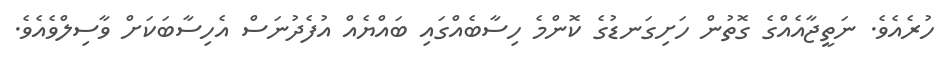
ހުރެއެވެ. ނަތީޖާއެއްގެ ގޮތުން ހަށިގަނޑުގެ ކޮންމެ ހިސާބެއްގައި ބައްޔެއް އުފެދުނަސް އެހިސާބަކަށް ވާސިލްވެއެވެ.